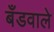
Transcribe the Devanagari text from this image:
बँडवाले